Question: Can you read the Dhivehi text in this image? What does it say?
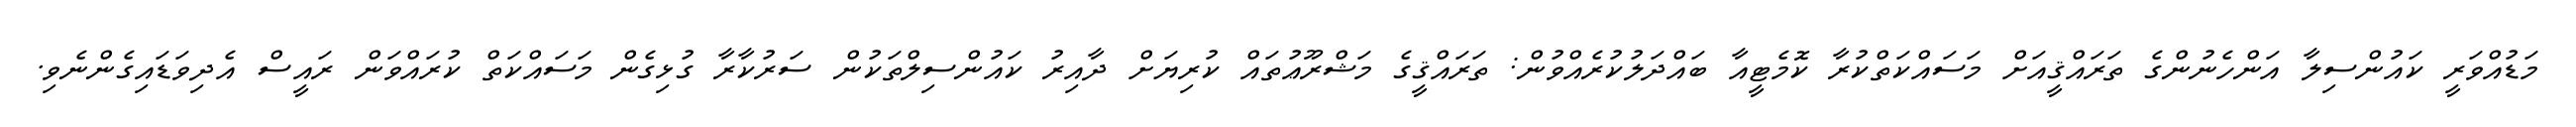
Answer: މަޑުއްވަރީ ކައުންސިލާ އަންހެނުންގެ ތަރައްޤީއަށް މަސައްކަތްކުރާ ކޮމެޓީއާ ބައްދަލުކުރެއްވުން: ތަރައްޤީގެ މަޝްރޫޢުތައް ކުރިޔަށް ދާއިރު ކައުންސިލްތަކުން ސަރުކާރާ ގުޅިގެން މަސައްކަތް ކުރައްވަން ރައީސް އެދިވަޑައިގެންނެވި.